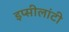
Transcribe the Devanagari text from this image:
इप्सीलांटी